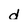
Character: d